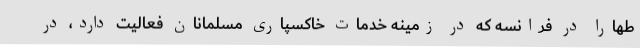
طهارا در فرانسه که در زمینه خدمات خاکسپاری مسلمانان فعالیت دارد، در